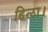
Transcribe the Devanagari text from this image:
हिला।